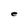
Character: e